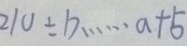
2 1 0 \div b \cdots a + 5